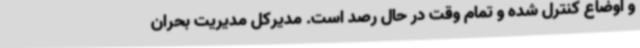
و اوضاع کنترل شده و تمام وقت در حال رصد است. مدیرکل مدیریت بحران